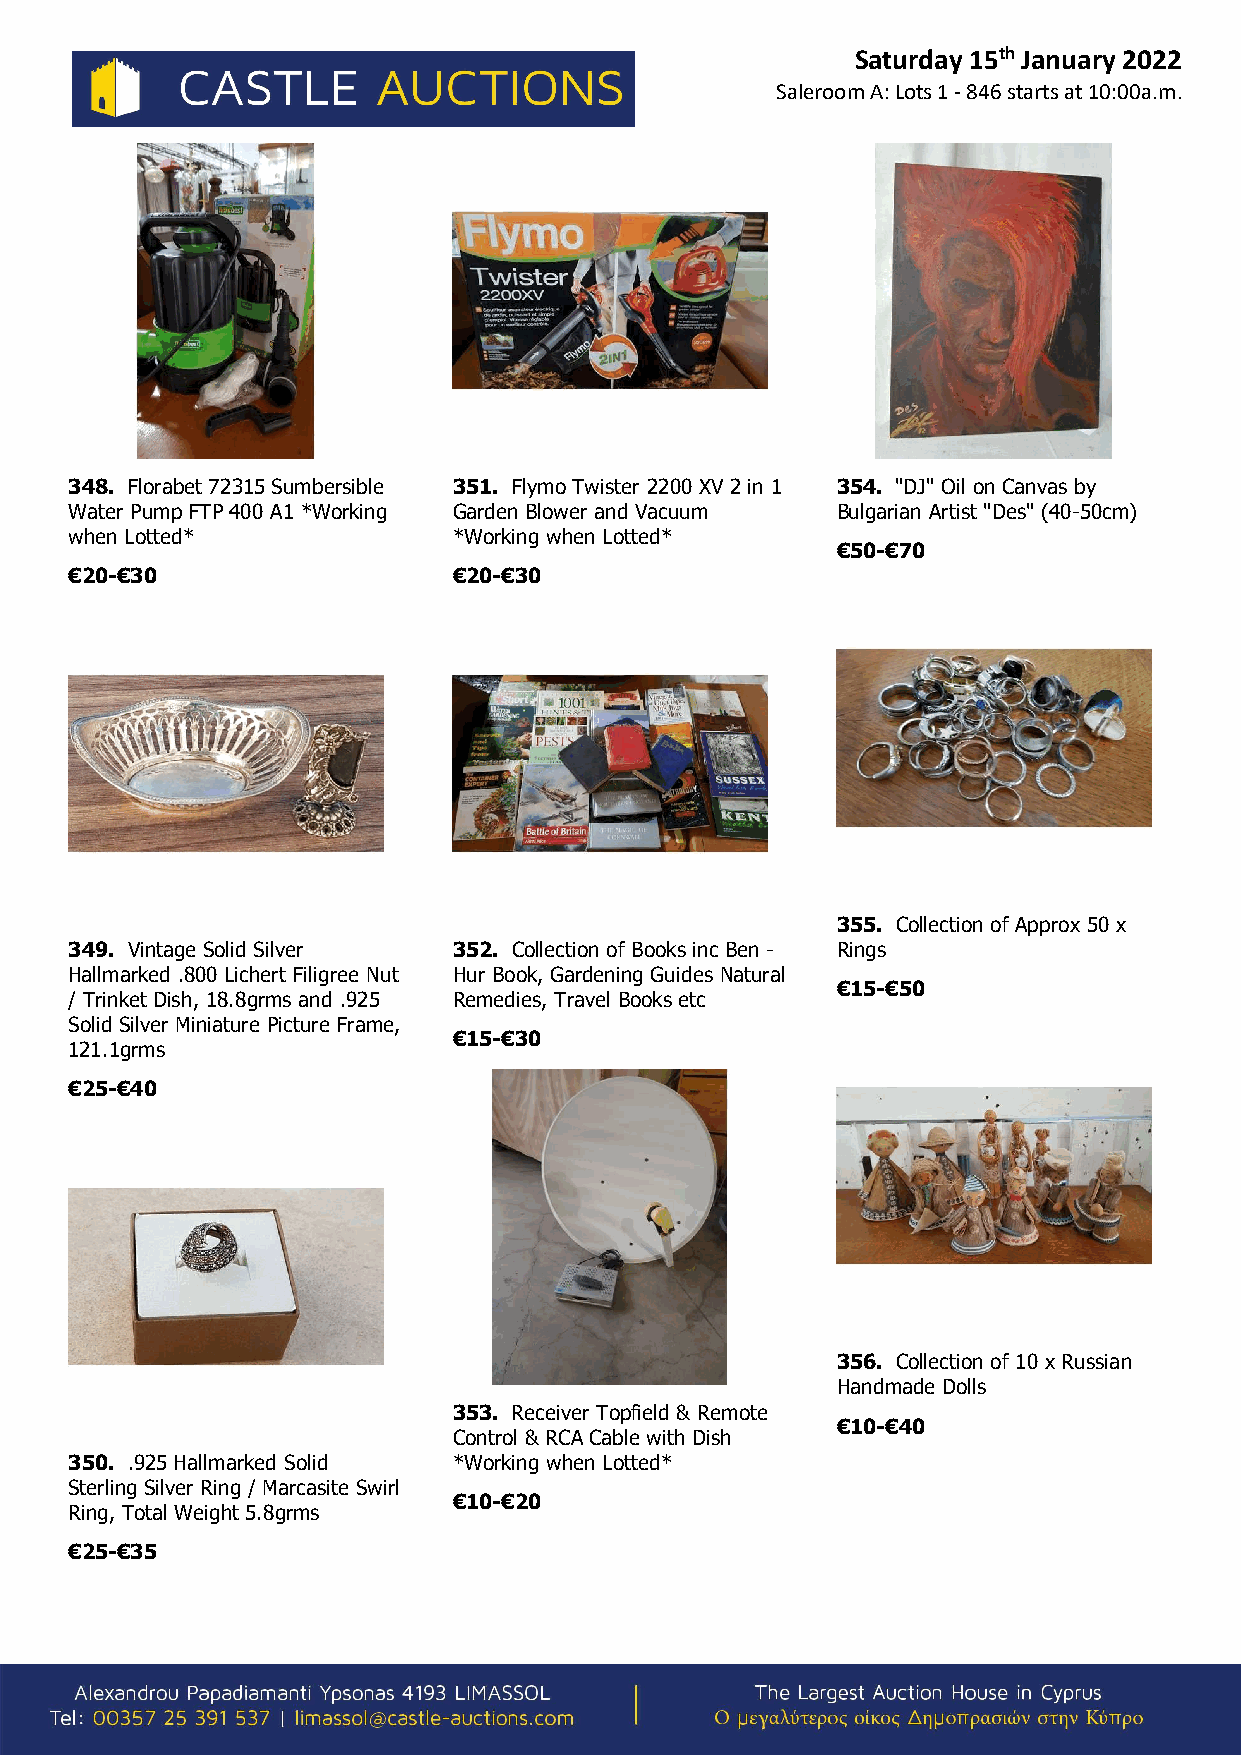
Saturday 15th January 2022
 Saleroom A: Lots 1 - 846 starts at 10:00a.m.
 348. Florabet 72315 Sumbersible 351. Flymo Twister 2200 XV 2 in 1 354. "DJ" Oil on Canvas by
 Water Pump FTP 400 A1 *Working Garden Blower and Vacuum Bulgarian Artist "Des" (40-50cm)
 when Lotted*             *Working when Lotted*
 €50-€70
 €20-€30                  €20-€30
 355. Collection of Approx 50 x
 349. Vintage Solid Silver 352. Collection of Books inc Ben - Rings
 Hallmarked .800 Lichert Filigree Nut Hur Book, Gardening Guides Natural
 €15-€50
 / Trinket Dish, 18.8grms and .925 Remedies, Travel Books etc
 Solid Silver Miniature Picture Frame,
 €15-€30
 121.1grms
 €25-€40
 356. Collection of 10 x Russian
 Handmade Dolls
 353. Receiver Topfield & Remote
 €10-€40
 Control & RCA Cable with Dish
 350. .925 Hallmarked Solid *Working when Lotted*
 Sterling Silver Ring / Marcasite Swirl
 €10-€20
 Ring, Total Weight 5.8grms
 €25-€35